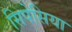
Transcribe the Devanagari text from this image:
सिपेसिया